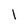
Character: l